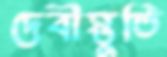
দেবীস্তুতি